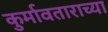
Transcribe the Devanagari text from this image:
कुर्मावताराच्या